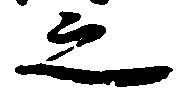
之